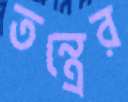
তন্ত্রের